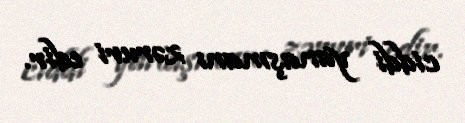
ciddi yanaşmanı zəruri edir.